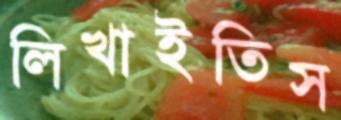
লিখাইতিস